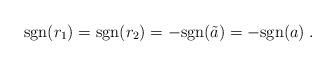
LaTeX: \begin{align*}{\rm sgn}(r_1) = {\rm sgn}(r_2) = -{\rm sgn}(\tilde{a}) = -{\rm sgn}(a) \;.\end{align*}